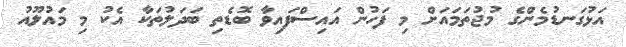
އަޅުގަނޑުމެންގެ މުޖުތަމައަށް މި ފަހުން އައިސްފައިވާ ބޮޑެތި ބަދަލުތަކާ އެކު މި މައުލޫއު